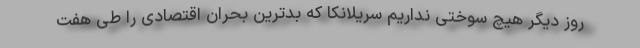
روز دیگر هیچ سوختی نداریم سریلانکا که بدترین بحران اقتصادی را طی هفت